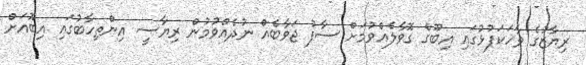
ރިޔާޒުގެ ވާހަކަފުޅުގައި އިބޫގެ ގޮވާލެއްވުމަށް ސާފު ޖަވާބެއް ނުދެއްވުމުން ރިޔާސީ އިންތިހާބުގައި އިބޫއަށް